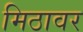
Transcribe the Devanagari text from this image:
मिठावर